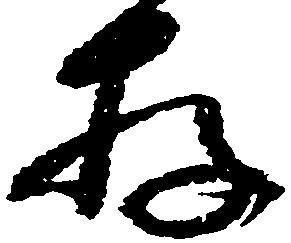
存